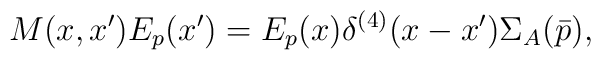
M(x,x') E_p(x') = E_p(x) \delta^{(4)}(x-x') {\Sigma}_A(\bar{p}),